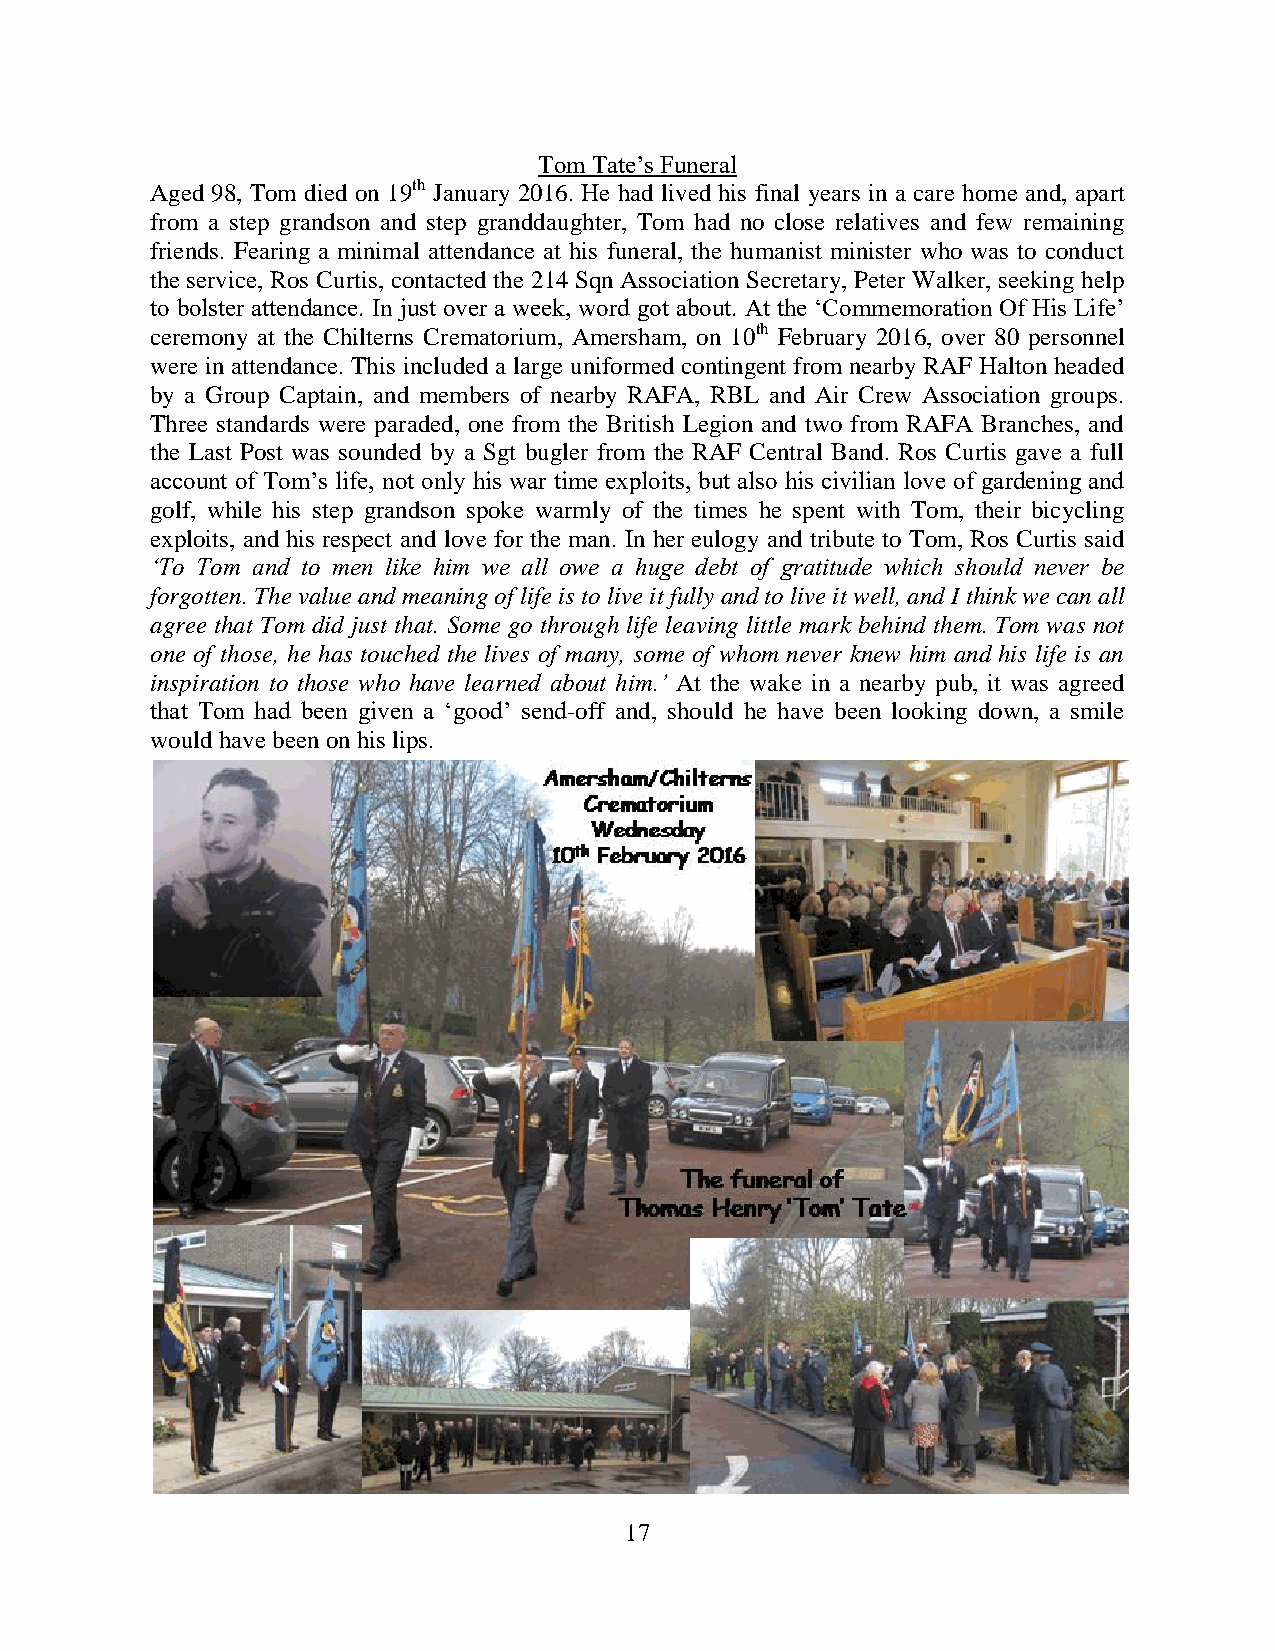
Tom Tate’s Funeral
 Aged 98, Tom died on 19th January 2016. He had lived his final years in a care home and, apart
 from a step grandson and step granddaughter, Tom had no close relatives and few remaining
 friends. Fearing a minimal attendance at his funeral, the humanist minister who was to conduct
 the service, Ros Curtis, contacted the 214 Sqn Association Secretary, Peter Walker, seeking help
 to bolster attendance. In just over a week, word got about. At the ‘Commemoration Of His Life’
 ceremony at the Chilterns Crematorium, Amersham, on 10th February 2016, over 80 personnel
 were in attendance. This included a large uniformed contingent from nearby RAF Halton headed
 by a Group Captain, and members of nearby RAFA, RBL and Air Crew Association groups.
 Three standards were paraded, one from the British Legion and two from RAFA Branches, and
 the Last Post was sounded by a Sgt bugler from the RAF Central Band. Ros Curtis gave a full
 account of Tom’s life, not only his war time exploits, but also his civilian love of gardening and
 golf, while his step grandson spoke warmly of the times he spent with Tom, their bicycling
 exploits, and his respect and love for the man. In her eulogy and tribute to Tom, Ros Curtis said
 ‘To Tom and to men like him we all owe a huge debt of gratitude which should never be
 forgotten. The value and meaning of life is to live it fully and to live it well, and I think we can all
 agree that Tom did just that. Some go through life leaving little mark behind them. Tom was not
 one of those, he has touched the lives of many, some of whom never knew him and his life is an
 inspiration to those who have learned about him.’ At the wake in a nearby pub, it was agreed
 that Tom had been given a ‘good’ send-off and, should he have been looking down, a smile
 would have been on his lips.
 17